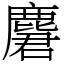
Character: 麏